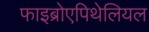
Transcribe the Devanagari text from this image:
फाइब्रोएपिथेलियल